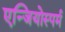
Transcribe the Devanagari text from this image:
एन्जियोस्पर्म